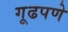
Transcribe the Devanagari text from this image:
गूढपणे